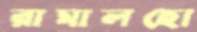
রামালহো